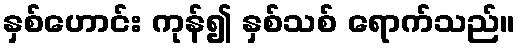
နှစ်ဟောင်း ကုန်၍ နှစ်သစ် ရောက်သည်။